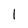
Character: I